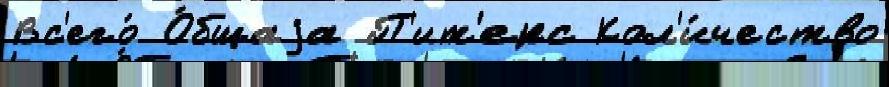
Вс'его́ О́бщаjа П'ит'ерс Кол'и́чество